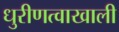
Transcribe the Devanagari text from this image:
धुरीणत्वाखाली